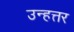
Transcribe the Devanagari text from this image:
उन्हत्तर